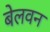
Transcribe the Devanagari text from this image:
बेलवन